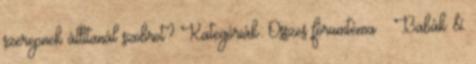
szerepnek állítanál szobrot? Kategóriák: Összes fórumtéma » Babák &